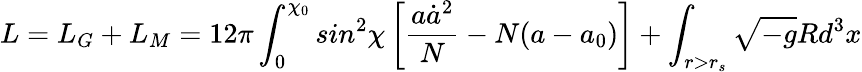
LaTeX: L=L_{G}+L_{M}=12\pi\int_{0}^{\chi_{0}}sin^{2}\chi\left[\frac{a\dot{a}^{2}}{N}-N(a-a_{0})\right]+\int_{r>r_{s}}\sqrt{-g}Rd^{3}x